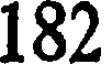
182